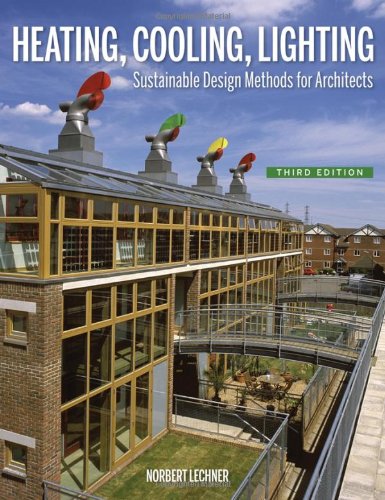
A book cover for Heating, Cooling, Lighting: Sustainable Design Methods for Architects; Norbert Lechner; Arts & Photography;